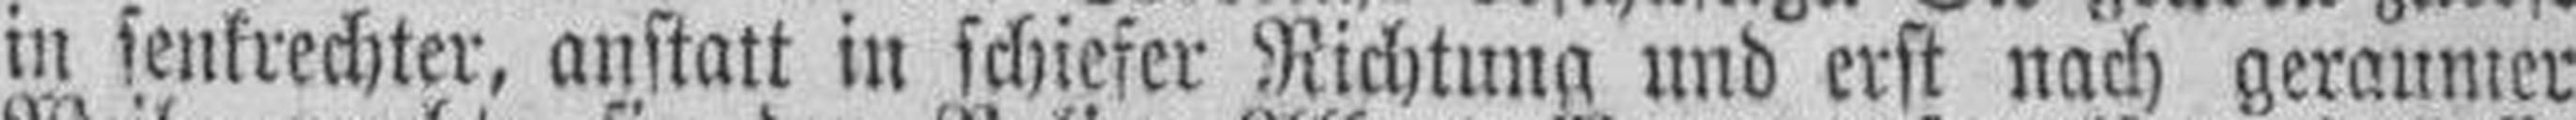
in senkrechter, anstatt in schiefer Richtung und erst nach geraumer